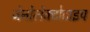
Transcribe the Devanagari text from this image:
जेनोलेक्टोटाइप